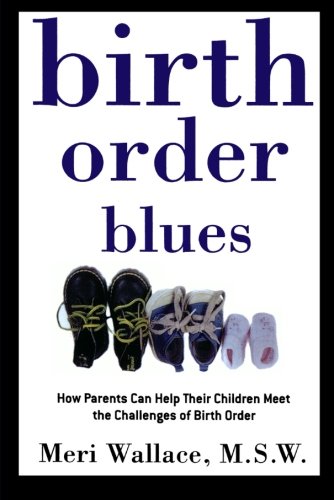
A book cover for Birth Order Blues: How Parents Can Help their Children Meet the Challenges of their Birth Order; Meri Wallace; Parenting & Relationships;